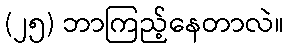
(၂၅) ဘာကြည့်နေတာလဲ။